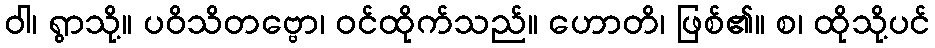
ဝါ၊ ရွာသို့။ ပဝိသိတဗ္ဗော၊ ဝင်ထိုက်သည်။ ဟောတိ၊ ဖြစ်၏။ စ၊ ထိုသို့ပင်